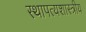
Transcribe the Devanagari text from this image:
स्थापत्यशास्त्रीय